Vabadussoja_Ajaloo_Komitee, lk 103
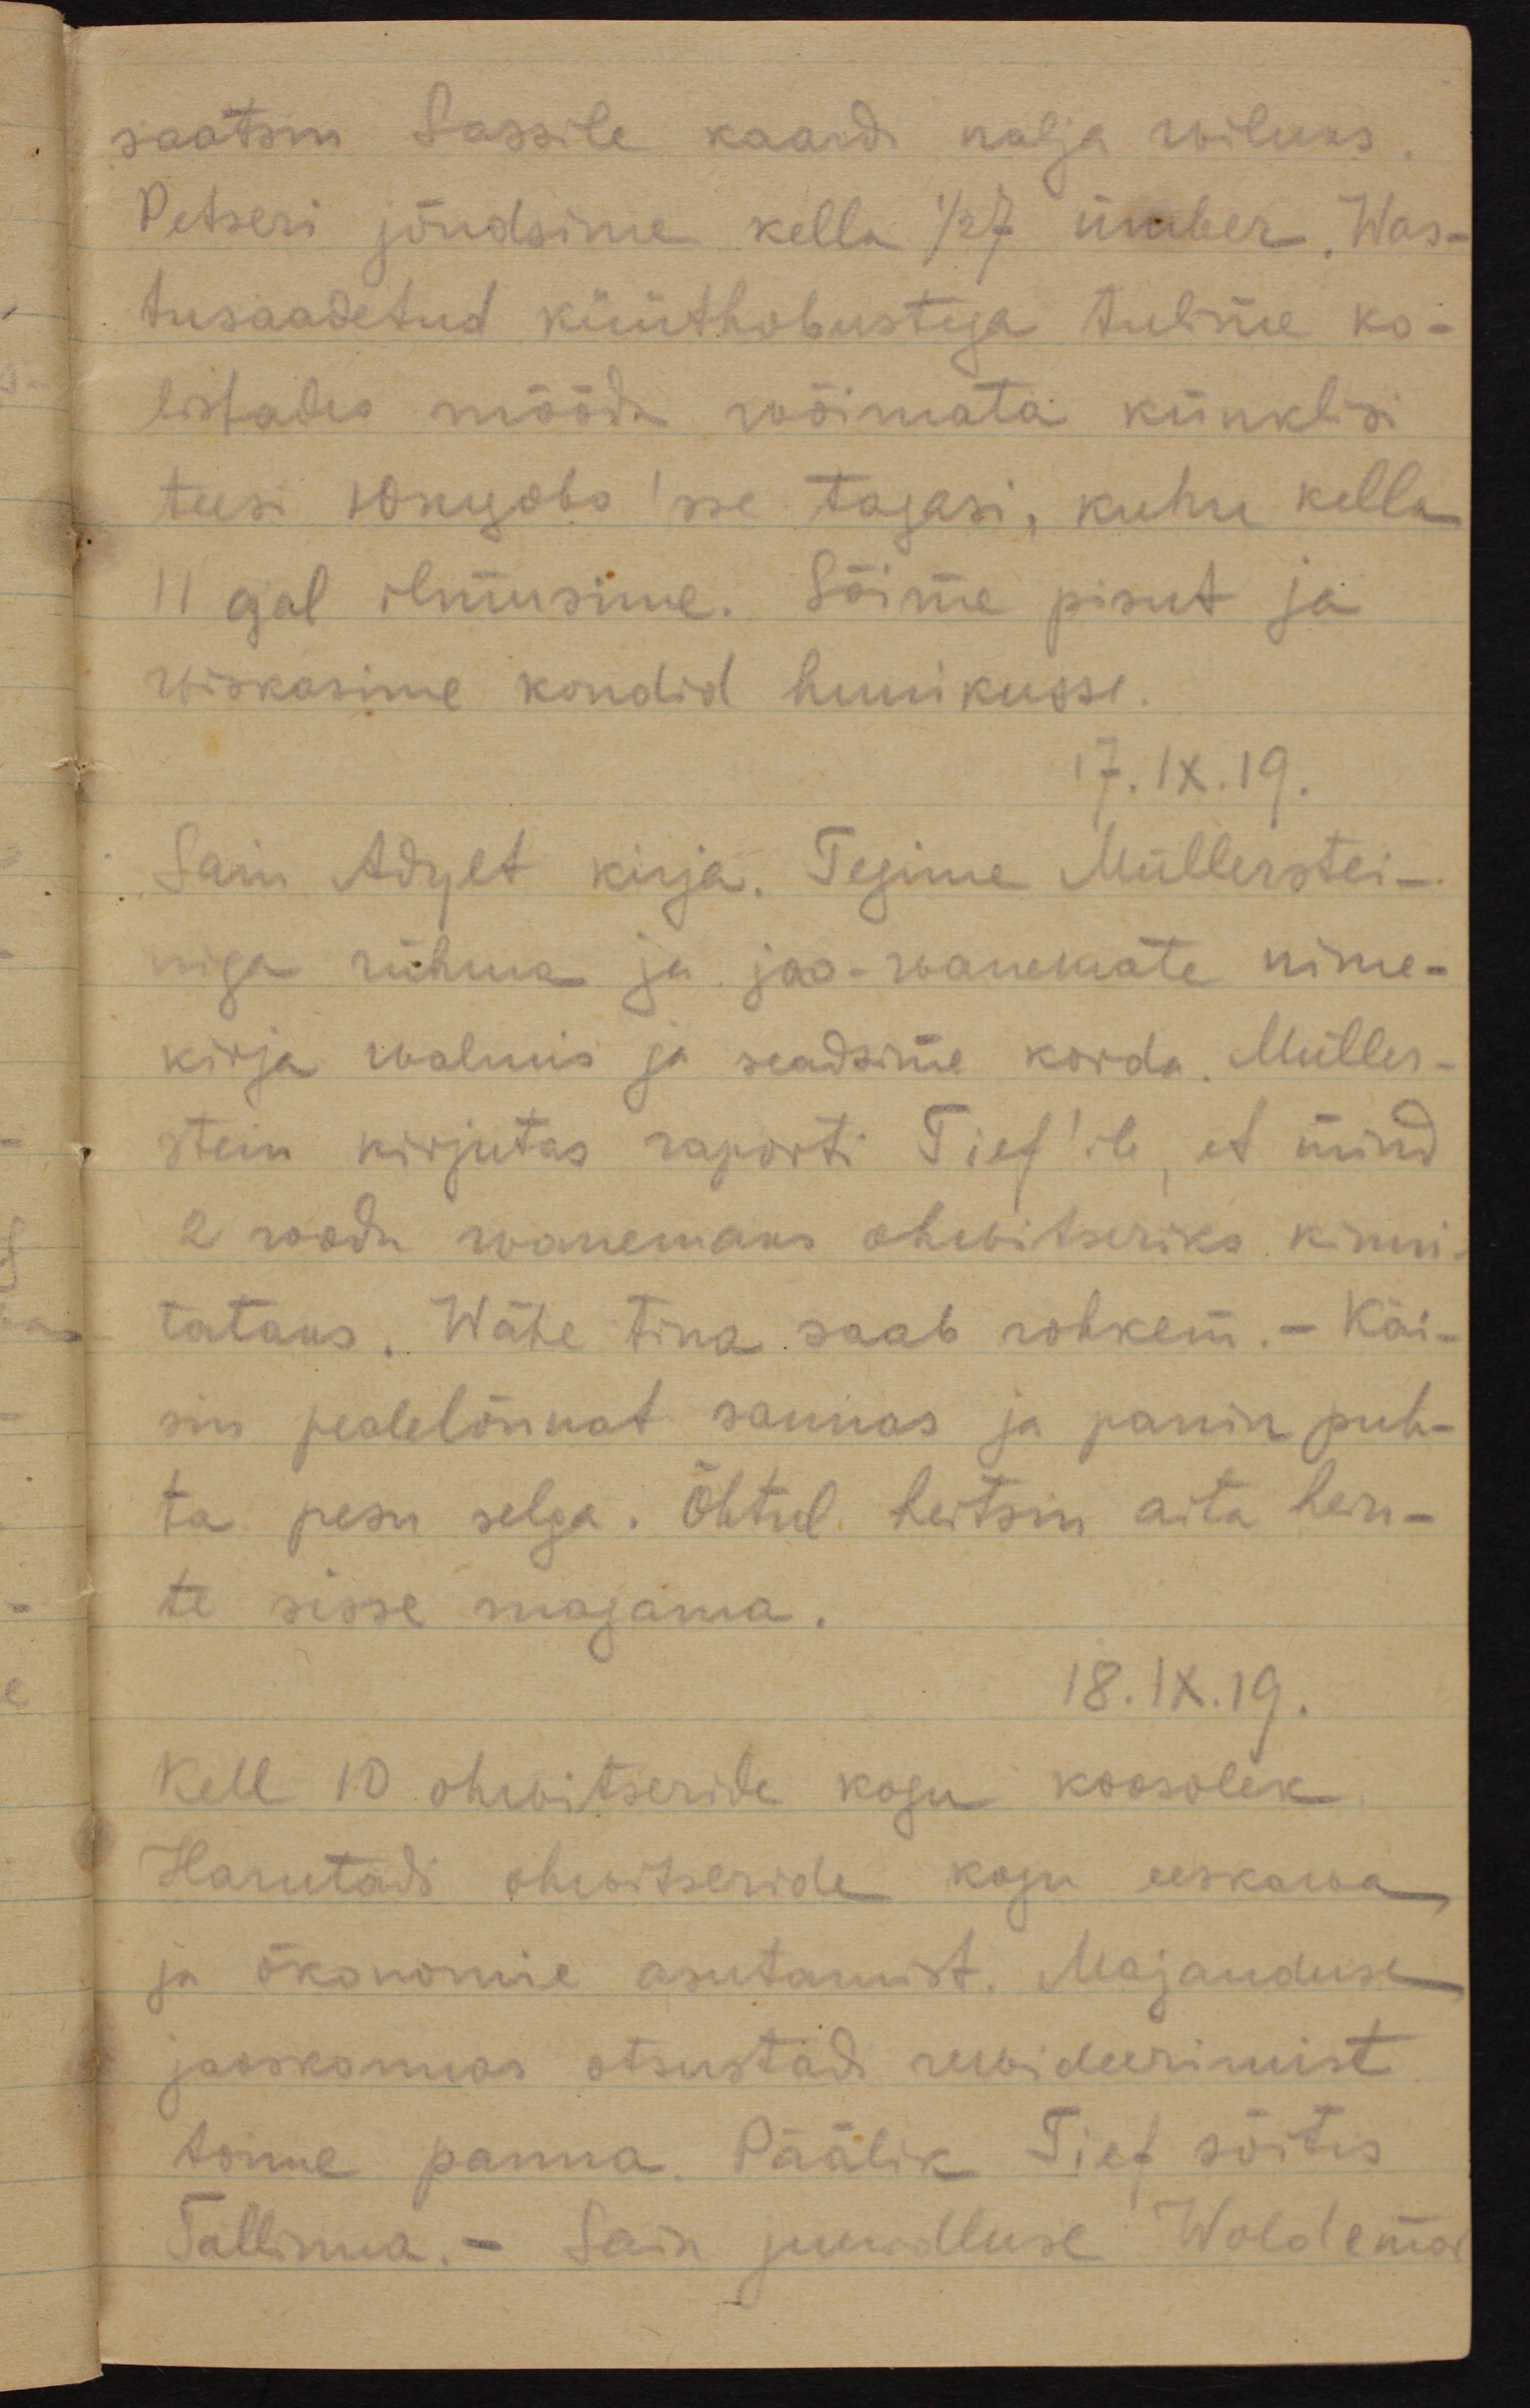
saatsin Sassile kaardi nalja wiluks.
Petseri jõudsime kella 1/2 7 ümber. Was-
tusaadetud küüthobustega sõitsime ko-
listades mööda wõimata künklisi
teesi Юнцово'sse tagasi, kuhu kella 
11 ajal ilmusime. Sõime pisut ja 
wiskasime kondid hunikusse.
17.IX.19
Sain Adylt kirja. Tegime Müllerstei-
niga rühma ja jao-wanemate nime-
kirja walmis ja seadsime korda. Müller-
stein kirjutas raporti Tief'ile, et mind 
2 roodu wanemaks ohwitseriks kinni-
tataks. Wähe tina saab rohkem - Käi-
sin pealelõunat saunas ja panin puh-
ta pesu selga. Õhtul heitsin aita hein-
te sisse magama.
18.IX.19
Kell 10 ohwitseride kogu koosolek.
Harutas ohwitseride kogu eeskorra-
ja ökonomise asutamist. Majanduse-
jaoskonnas otsustati rewideerimist 
toime panna. Päälik Tief sõitis
Tallinna. - Sain juurdluse Woldemar